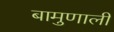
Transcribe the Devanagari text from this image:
बामुणाली